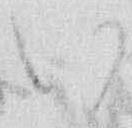
い